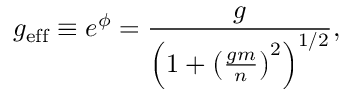
g _ { \mathrm { e f f } } \equiv e ^ { \phi } = \frac { g } { \left( 1 + \left( \frac { g m } { n } \right) ^ { 2 } \right) ^ { 1 / 2 } } ,